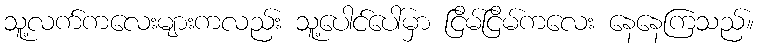
သူ့လက်ကလေးများကလည်း သူ့ပေါင်ပေါ်မှာ ငြိမ်ငြိမ်ကလေး နေနေကြသည်။